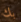
بك